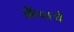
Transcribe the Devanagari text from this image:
क्रॅशचे